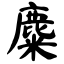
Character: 麋